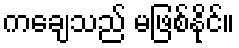
ကချေသည် မဖြစ်နိုင်။